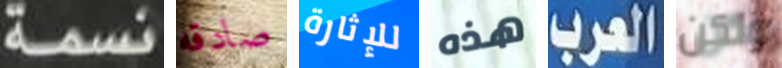
نسمة صادقه للإثارة هذه العرب ولكن